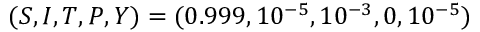
( S , I , T , P , Y ) = ( 0 . 9 9 9 , 1 0 ^ { - 5 } , 1 0 ^ { - 3 } , 0 , 1 0 ^ { - 5 } )